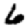
Digit: 6